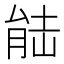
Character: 𮌛